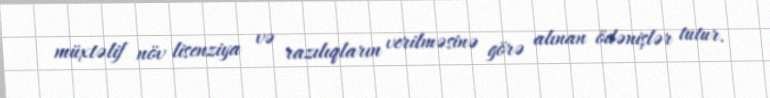
müxtəlif növ lisenziya və razılıqların verilməsinə görə alınan ödənişlər tutur.